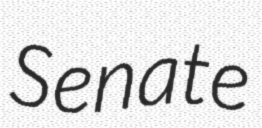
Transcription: Senate